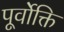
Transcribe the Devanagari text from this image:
पूर्वोक्ति